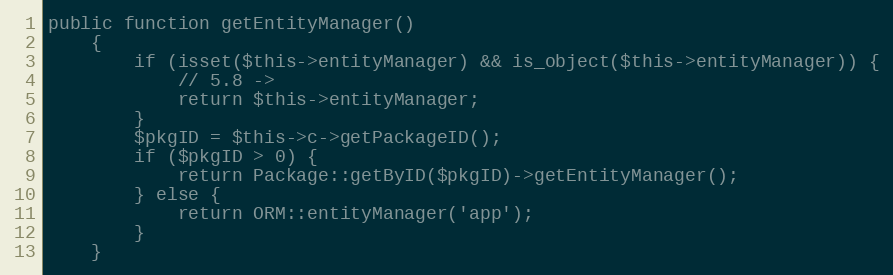
Language: PHP
public function getEntityManager()
    {
        if (isset($this->entityManager) && is_object($this->entityManager)) {
            // 5.8 ->
            return $this->entityManager;
        }
        $pkgID = $this->c->getPackageID();
        if ($pkgID > 0) {
            return Package::getByID($pkgID)->getEntityManager();
        } else {
            return ORM::entityManager('app');
        }
    }